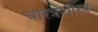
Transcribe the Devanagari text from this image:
चरित्रशास्त्र